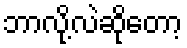
ဘာလို့လဲဆိုတော့